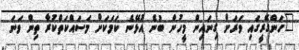
"ހަންގޭރީގައި ވަރަށް ގިނައިން މީހުން ބުނެ އުޅޭނެ ކަމަކަށް މަސައްކަތްކުރާ ތިން ވަނަ